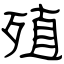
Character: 殖